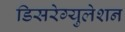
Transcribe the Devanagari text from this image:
डिसरेग्युलेशन